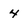
Character: 4